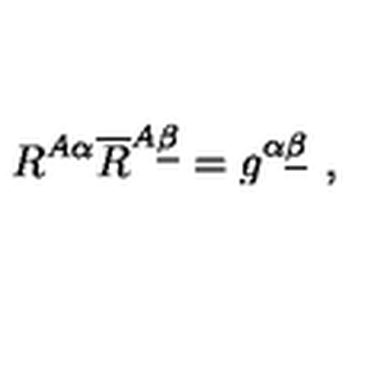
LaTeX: R ^ { A \alpha } \overline { R } ^ { A \underline { \beta } } = g ^ { \alpha \underline { \beta } } \ ,